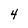
Character: 4